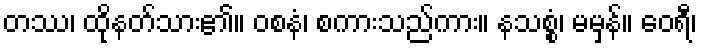
တဿ၊ ထိုနတ်သား၏။ ဝစနံ၊ စကားသည်ကား။ နသစ္စံ၊ မမှန်။ ဝေရီ၊